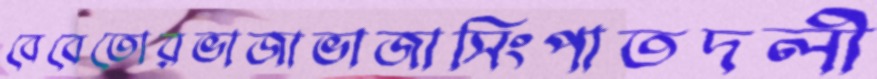
বেবেতোরভাজাভাজাসিংপাতদলী